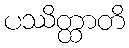
ပဿိတ္ထာတိ